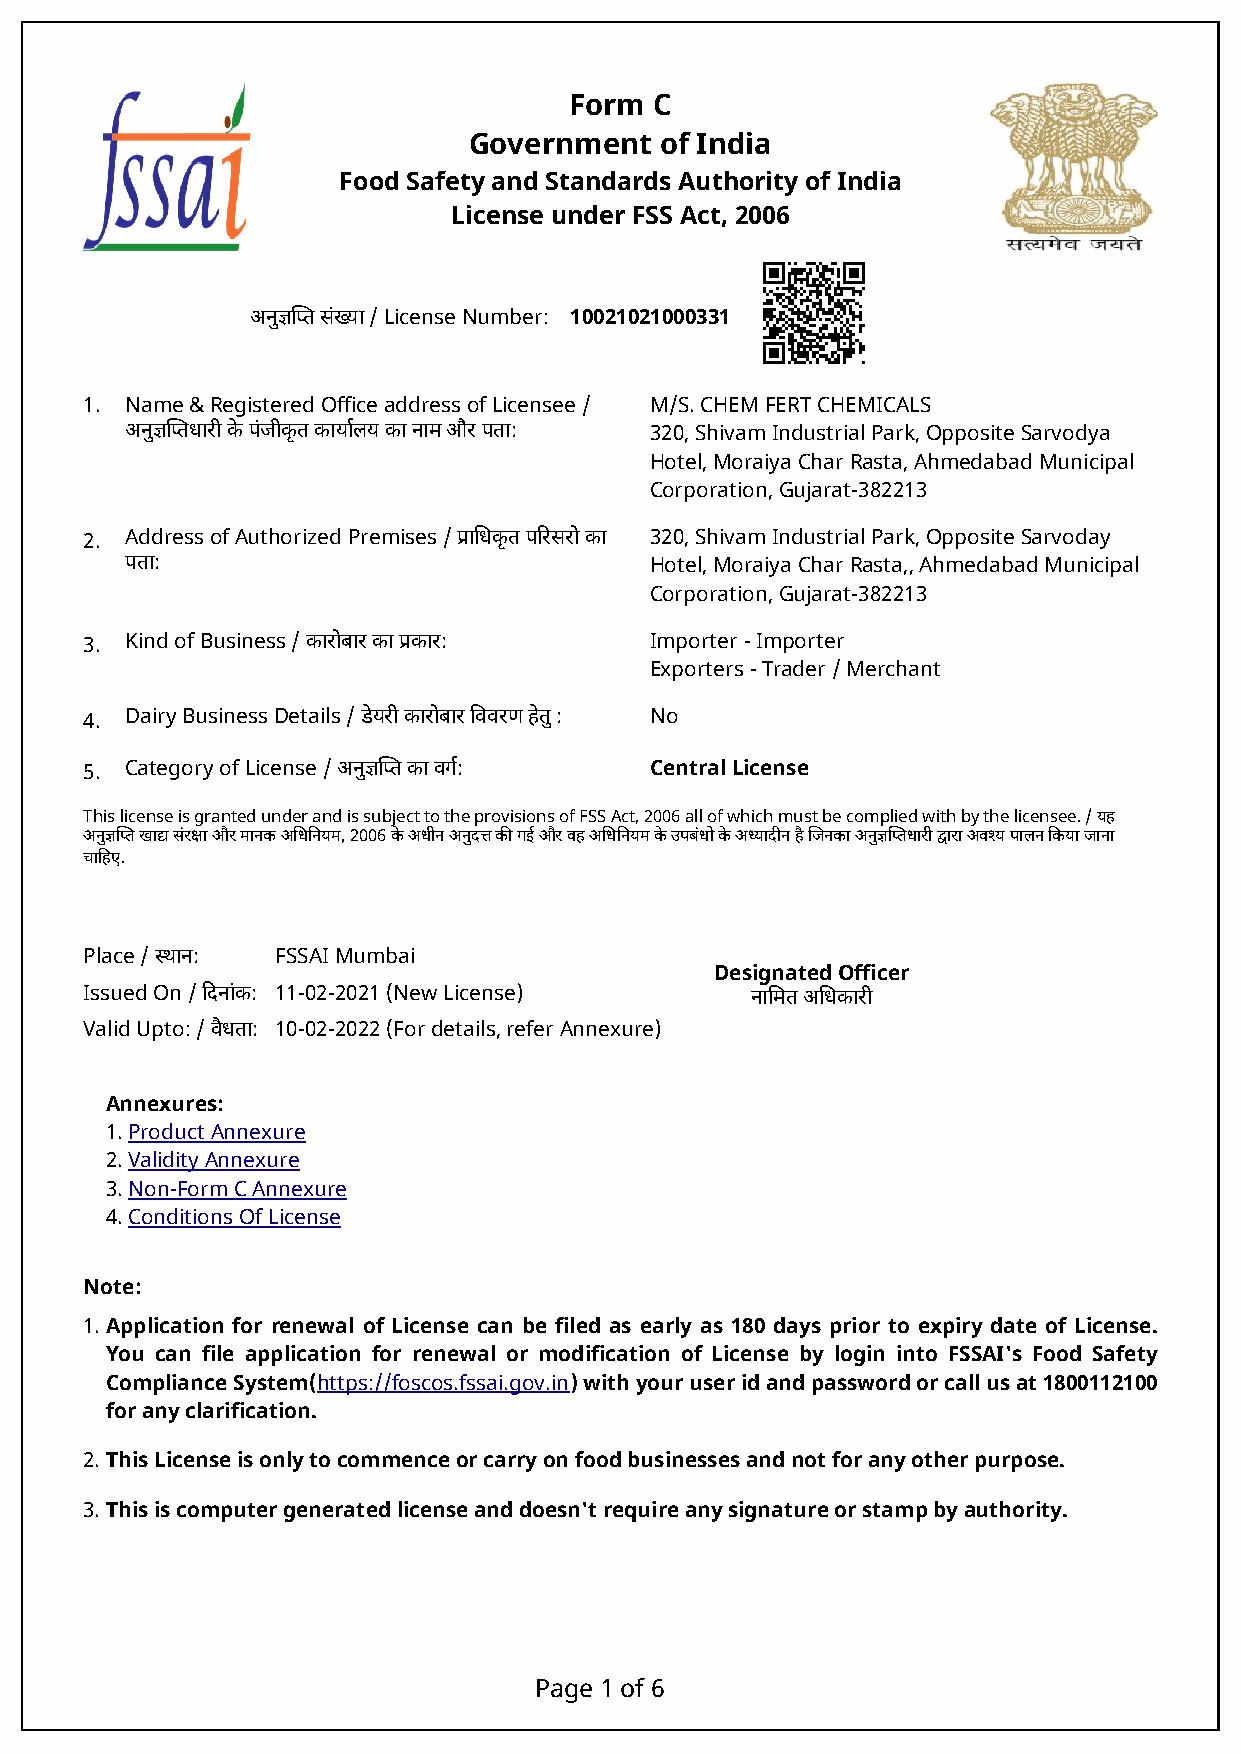
Form C
 Government   of India
 Food Safety and Standards Authority of India
 License under FSS Act, 2006
 अनुज्ञिप्त संख्या / License Number: 10021021000331
 1. Name & Registered Office address of Licensee / M/S. CHEM FERT CHEMICALS
 अनुज्ञिप्तधारी के पंजीकृत कायार्लय का नाम और पता: 320, Shivam Industrial Park, Opposite Sarvodya
 Hotel, Moraiya Char Rasta, Ahmedabad Municipal
 Corporation, Gujarat-382213
 2. Address of Authorized Premises / प्रािधकृत पिरसरो का 320, Shivam Industrial Park, Opposite Sarvoday
 पता:                               Hotel, Moraiya Char Rasta,, Ahmedabad Municipal
 Corporation, Gujarat-382213
 3. Kind of Business / कारोबार का प्रकार: Importer - Importer
 Exporters - Trader / Merchant
 4. Dairy Business Details / डेयरी कारोबार िववरण हेतु : No
 5. Category of License / अनुज्ञिप्त का वगर्: Central License
 This license is granted under and is subject to the provisions of FSS Act, 2006 all of which must be complied with by the licensee. / यह
 अनुज्ञिप्त खाद्य संरक्षा और मानक अिधिनयम, 2006 के अधीन अनुदत्त की गई और वह अिधिनयम के उपबंधो के अध्यादीन है िजनका अनुज्ञिप्तधारी द्वारा अवश्य पालन िकया जाना
 चािहए.
 Place / स्थान: FSSAI Mumbai
 Designated Officer
 Issued On / िदनांक: 11-02-2021 (New License) नािमत अिधकारी
 Valid Upto: / वैधता: 10-02-2022 (For details, refer Annexure)
 Annexures:
 1. Product Annexure
 2. Validity Annexure
 3. Non-Form C Annexure
 4. Conditions Of License
 Note:
 1. Application for renewal of License can be filed as early as 180 days prior to expiry date of License.
 You can file application for renewal or modification of License by login into FSSAI's Food Safety
 Compliance System(https://foscos.fssai.gov.in) with your user id and password or call us at 1800112100
 for any clarification.
 2. This License is only to commence or carry on food businesses and not for any other purpose.
 3. This is computer generated license and doesn't require any signature or stamp by authority.
 Page 1 of 6